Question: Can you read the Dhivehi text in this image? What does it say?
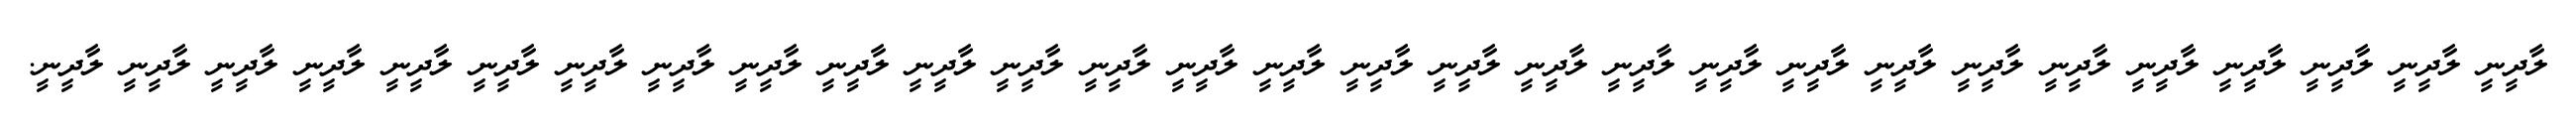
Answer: ލާދީނީ ލާދީނީ ލާދީނީ ލާދީނީ ލާދީނީ ލާދީނީ ލާދީނީ ލާދީނީ ލާދީނީ ލާދީނީ ލާދީނީ ލާދީނީ ލާދީނީ ލާދީނީ ލާދީނީ ލާދީނީ ލާދީނީ ލާދީނީ ލާދީނީ ލާދީނީ ލާދީނީ ލާދީނީ ލާދީނީ ލާދީނީ ލާދީނީ ލާދީނީ ލާދީނީ ލާދީނީ ލާދީނީ.